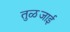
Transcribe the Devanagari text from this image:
तुळजाई